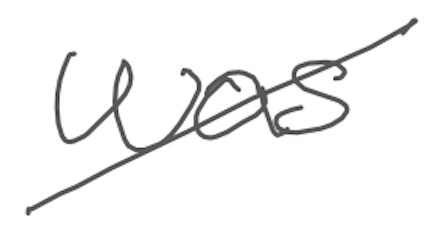
Text: was
Cross-out: diagonal
Writing tool: digital_gray